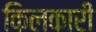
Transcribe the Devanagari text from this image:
किलकारी